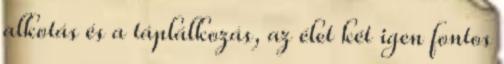
alkotás és a táplálkozás, az élet két igen fontos